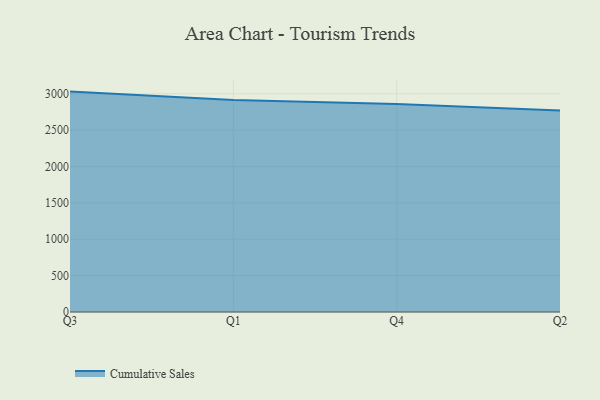
{"axis": {"x": "Quarter", "y": "Humidity (%)"}, "legend": ["Cumulative Sales"], "data": [{"x": "Q3", "y": 3029.7, "type": "Cumulative Sales"}, {"x": "Q1", "y": 2914.9, "type": "Cumulative Sales"}, {"x": "Q4", "y": 2860.5, "type": "Cumulative Sales"}, {"x": "Q2", "y": 2769.3, "type": "Cumulative Sales"}]}